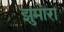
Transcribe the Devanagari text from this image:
झुमोरा